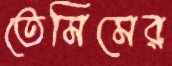
তেমিমের